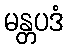
မန္တပဒံ